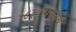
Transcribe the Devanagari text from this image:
१८३०पासूनच